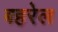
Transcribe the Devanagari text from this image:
बहरेल